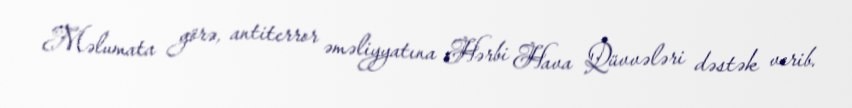
Məlumata görə, antiterror əməliyyatına Hərbi Hava Qüvvələri dəstək verib.